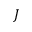
J